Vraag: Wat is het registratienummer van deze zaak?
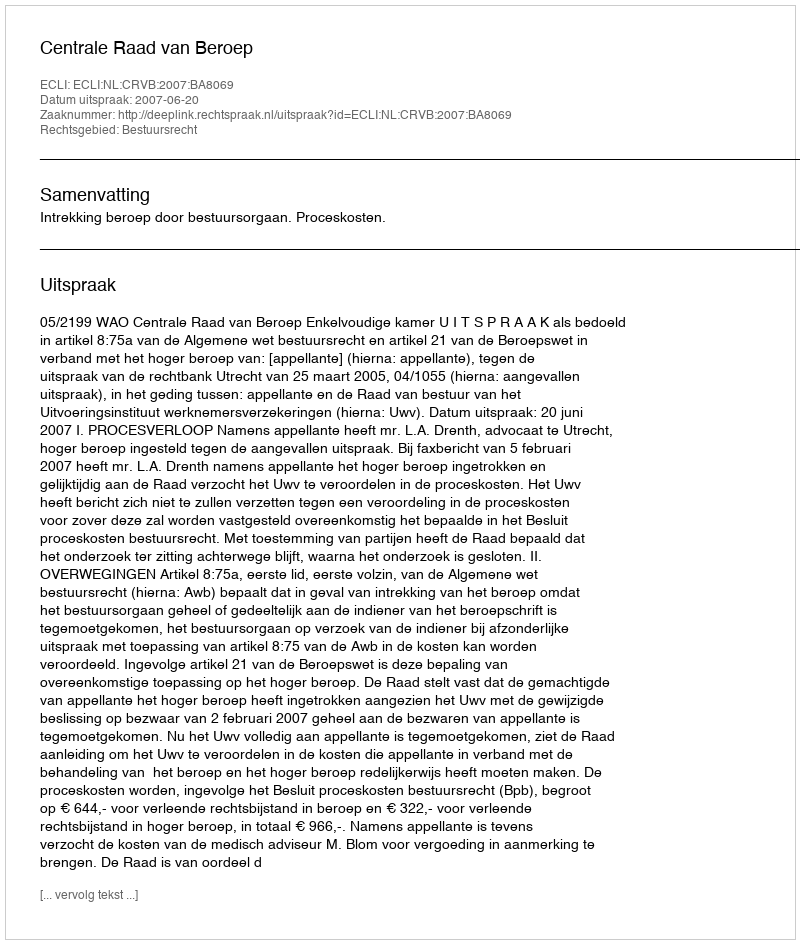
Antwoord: http://deeplink.rechtspraak.nl/uitspraak?id=ECLI:NL:CRVB:2007:BA8069